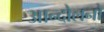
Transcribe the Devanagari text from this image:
आन्दोलनो